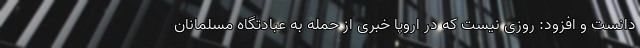
دانست و افزود: روزی نیست که در اروپا خبری از حمله به عبادتگاه مسلمانان